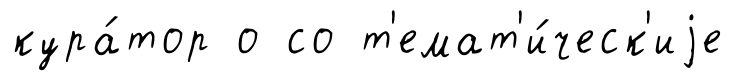
кура́тор о со т'емат'и́ческ'иjе